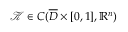
\mathcal { K } \in C ( \overline { { D } } \times [ 0 , 1 ] , \mathbb { R } ^ { n } )